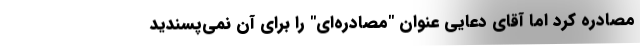
مصادره کرد اما آقای دعایی عنوان "مصادره‌ای" را برای آن نمی‌پسندید